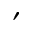
'